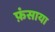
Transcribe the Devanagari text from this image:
फ़ंसाया